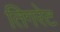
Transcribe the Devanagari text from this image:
तिगरेट